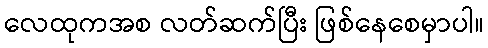
လေထုကအစ လတ်ဆက်ပြီး ဖြစ်နေစေမှာပါ။